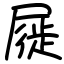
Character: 屣